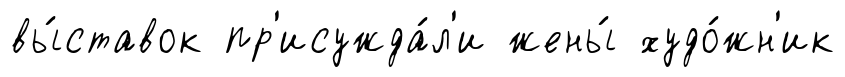
вы́ставок пр'исужда́л'и жены́ худо́жн'ик